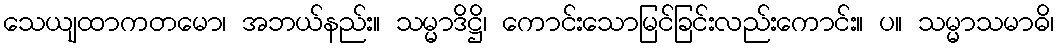
သေယျထာကတမော၊ အဘယ်နည်း။ သမ္မာဒိဋ္ဌိ၊ ကောင်းသောမြင်ခြင်းလည်းကောင်း။ ပ။ သမ္မာသမာဓိ၊